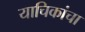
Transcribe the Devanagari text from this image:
याचिकांचा